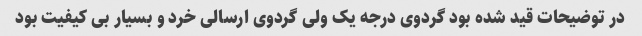
در توضیحات قید شده بود گردوی درجه یک ولی گردوی ارسالی خرد و بسیار بی کیفیت بود